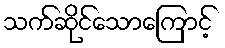
သက်ဆိုင်သောကြောင့်